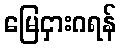
မြေငှားဂရန်